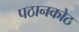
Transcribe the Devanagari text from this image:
पठानकोठ